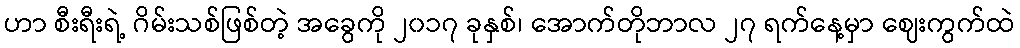
ဟာ စီးရီးရဲ့ ဂိမ်းသစ်ဖြစ်တဲ့ အခွေကို ၂၀၁၇ ခုနှစ်၊ အောက်တိုဘာလ ၂၇ ရက်နေ့မှာ ဈေးကွက်ထဲ